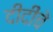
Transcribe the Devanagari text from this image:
दीदींचे